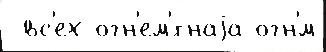
 вс'ех огн'ем'́тнаjа огн'́м